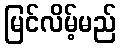
မြင်လိမ့်မည်